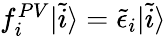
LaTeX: \begin{array}{r}{f_{i}^{PV}|\tilde{i}\rangle=\tilde{\epsilon}_{i}|\tilde{i}\rangle}\end{array}